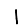
Digit: 1